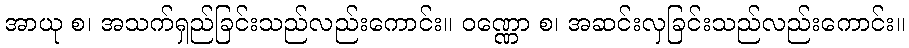
အာယု စ၊ အသက်ရှည်ခြင်းသည်လည်းကောင်း။ ဝဏ္ဏော စ၊ အဆင်းလှခြင်းသည်လည်းကောင်း။